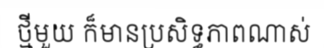
ថ្មីមួយ ក៏មានប្រសិទ្ធភាពណាស់